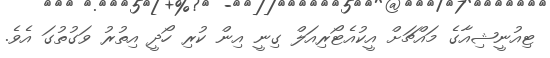
ޓިއުނީޝިއާގެ މައްޗަށް އީކުއެޓޯރިއަލް ގިނީ އިން ކުރި ހޯދީ އިތުރު ވަގުތުގަ އެވެ.